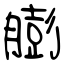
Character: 膨